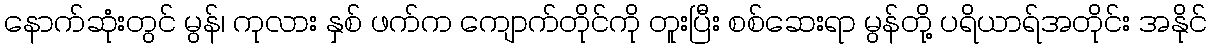
နောက်ဆုံးတွင် မွန်၊ ကုလား နှစ် ဖက်က ကျောက်တိုင်ကို တူးပြီး စစ်ဆေးရာ မွန်တို့ ပရိယာရ်အတိုင်း အနိုင်